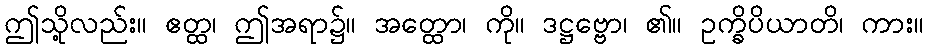
ဤသို့လည်း။ ဧတ္ထ၊ ဤအရာ၌။ အတ္ထော၊ ကို။ ဒဋ္ဌဗ္ဗော၊ ၏။ ဥက္ခိပိယာတိ၊ ကား။